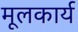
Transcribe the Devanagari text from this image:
मूलकार्य